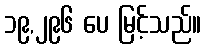
၁၉,၂၉၆ ပေ မြင့်သည်။